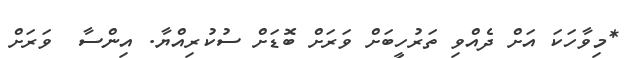
*މިވާހަކަ އަށް ދެއްވި ތަރުހީބަށް ވަރަށް ބޮޑަށް ސުކުރިއްޔާ. އިންސާ  ވަރަށް